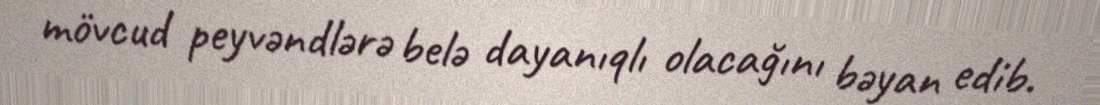
mövcud peyvəndlərə belə dayanıqlı olacağını bəyan edib.